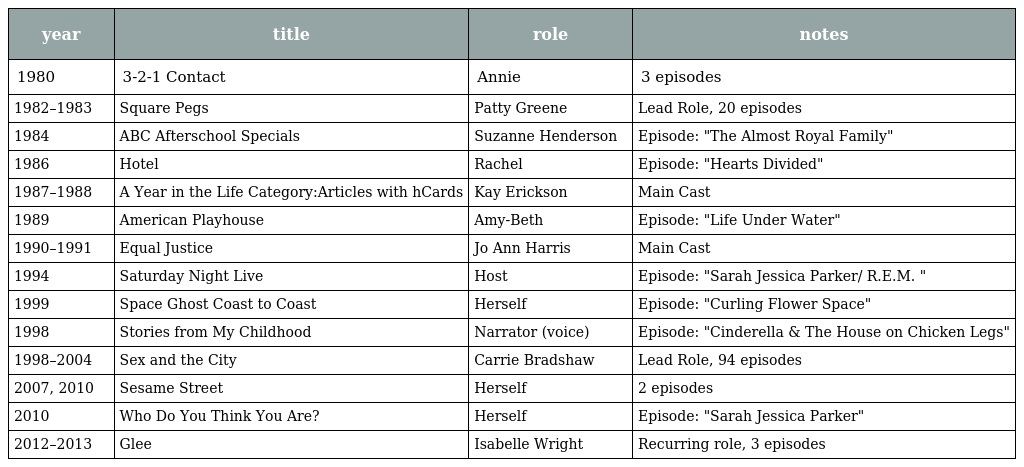
| year | title | role | notes |
 | --- | --- | --- | --- |
 | 1980 | 3-2-1 Contact | Annie | 3 episodes |
 | 1982–1983 | Square Pegs | Patty Greene | Lead Role, 20 episodes |
 | 1984 | ABC Afterschool Specials | Suzanne Henderson | Episode: "The Almost Royal Family" |
 | 1986 | Hotel | Rachel | Episode: "Hearts Divided" |
 | 1987–1988 | A Year in the Life Category:Articles with hCards | Kay Erickson | Main Cast |
 | 1989 | American Playhouse | Amy-Beth | Episode: "Life Under Water" |
 | 1990–1991 | Equal Justice | Jo Ann Harris | Main Cast |
 | 1994 | Saturday Night Live | Host | Episode: "Sarah Jessica Parker/ R.E.M. " |
 | 1999 | Space Ghost Coast to Coast | Herself | Episode: "Curling Flower Space" |
 | 1998 | Stories from My Childhood | Narrator (voice) | Episode: "Cinderella & The House on Chicken Legs" |
 | 1998–2004 | Sex and the City | Carrie Bradshaw | Lead Role, 94 episodes |
 | 2007, 2010 | Sesame Street | Herself | 2 episodes |
 | 2010 | Who Do You Think You Are? | Herself | Episode: "Sarah Jessica Parker" |
 | 2012–2013 | Glee | Isabelle Wright | Recurring role, 3 episodes |